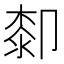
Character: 厀